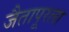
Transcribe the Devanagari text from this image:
जैतापूरला